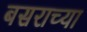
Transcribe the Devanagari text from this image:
बसराच्या